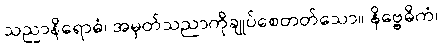
သညာနိရောဓံ၊ အမှတ်သညာကိုချုပ်စေတတ်သော။ နိဗ္ဗေဓိကံ၊